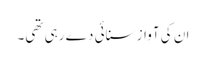
ان کی آواز سنائی دے رہی تھی۔